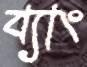
ব্যাং